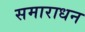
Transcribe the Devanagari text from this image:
समाराधन